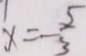
x = - \frac { 5 } { 3 }